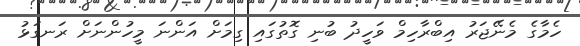
ހެމާގެ މެނޭޖަރު އިބްރާހިމް ވަހީދު ބުނި ގޮތުގައި ގިމަށް އަންނަ މީހުންނަށް ރަނގަޅު